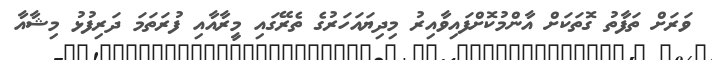
ވަރަށް ތަފާތު ގޮތަކަށް އާންމުކޮށްފައިވާއިރު މިދިޔައަހަރުގެ ތެރޭގައި މީރާއާއި ފުރަތަމަ ދަރިފުޅު މިޝާއާ